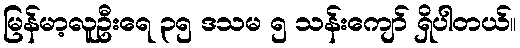
မြန်မာ့လူဦးရေ ၃၅ ဒသမ ၅ သန်းကျော် ရှိပါတယ်။